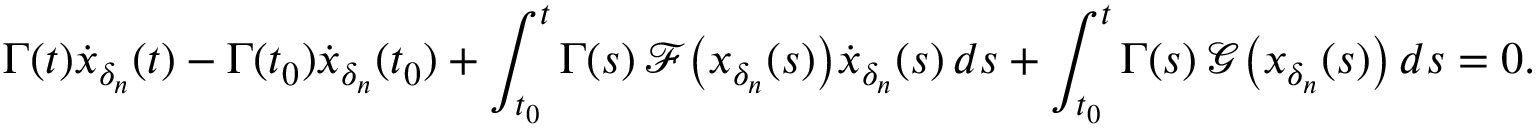
\Gamma ( t ) \dot { x } _ { \delta _ { n } } ( t ) - \Gamma ( t _ { 0 } ) \dot { x } _ { \delta _ { n } } ( t _ { 0 } ) + \int _ { t _ { 0 } } ^ { t } \Gamma ( s ) \, \mathcal F \big ( x _ { \delta _ { n } } ( s ) \big ) \dot { x } _ { \delta _ { n } } ( s ) \, d s + \int _ { t _ { 0 } } ^ { t } \Gamma ( s ) \, \mathcal G \big ( x _ { \delta _ { n } } ( s ) \big ) \, d s = 0 .